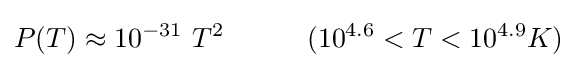
P(T)\approx 10^{-31}~T^{2}~~~~~~~~~(10^{4.6}<T<10^{4.9}K)